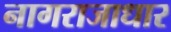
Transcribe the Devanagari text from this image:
नागराजाधार